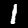
Label: 1